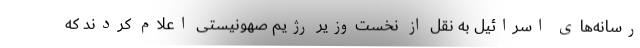
رسانه‌های اسرائیل به نقل از نخست‌وزیر رژیم صهونیستی اعلام کردند که